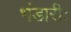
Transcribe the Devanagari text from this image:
भंडारीः